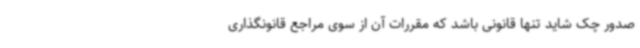
صدور چک شاید تنها قانونی باشد که مقررات آن از سوی مراجع قانونگذاری